Indian journal of veterinary science and animal husbandry - Volume 2,
Year: 1932
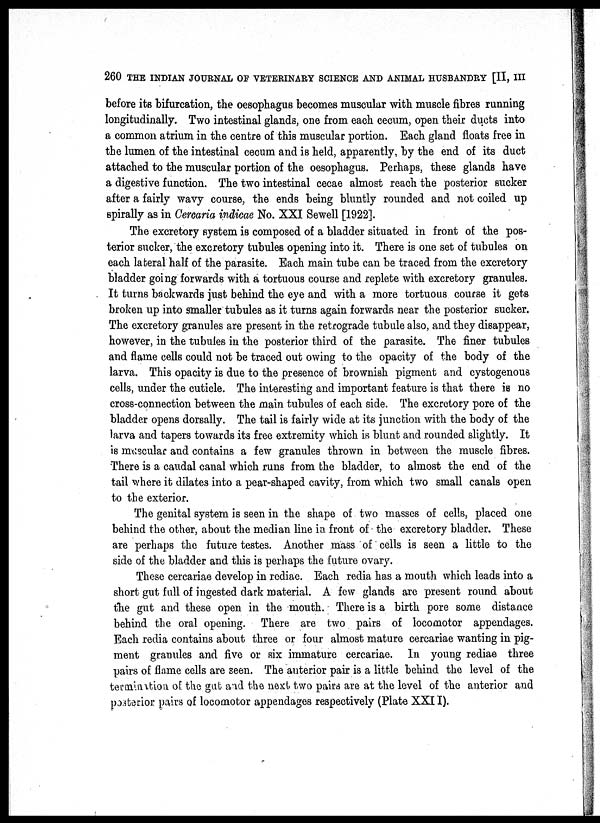
260 THE INDIAN JOURNAL OF VETERINARY SCIENCE AND ANIMAL HUSBANDRY [II, III
before its bifurcation, the oesophagus becomes muscular with muscle fibres running
longitudinally. Two intestinal glands, one from each cecum, open their ducts into
a common atrium in the centre of this muscular portion. Each gland floats free in
the lumen of the intestinal cecum and is held, apparently, by the end of its duct
attached to the muscular portion of the oesophagus. Perhaps, these glands have
a digestive function. The two intestinal cecae almost reach the posterior sucker
after a fairly wavy course, the ends being bluntly rounded and not coiled up
spirally as in Cercaria indicae No. XXI Sewell [1922].
The excretory system is composed of a bladder situated in front of the pos-
terior sucker, the excretory tubules opening into it. There is one set of tubules on
each lateral half of the parasite. Each main tube can be traced from the excretory
bladder going forwards with a tortuous course and replete with excretory granules.
It turns backwards just behind the eye and with a more tortuous course it gets
broken up into smaller tubules as it turns again forwards near the posterior sucker.
The excretory granules are present in the retrograde tubule also, and they disappear,
however, in the tubules in the posterior third of the parasite. The finer tubules
and flame cells could not be traced out owing to the opacity of the body of the
larva. This opacity is due to the presence of brownish pigment and cystogenous
cells, under the cuticle. The interesting and important feature is that there is no
cross-connection between the main tubules of each side. The excretory pore of the
bladder opens dorsally. The tail is fairly wide at its junction with the body of the
larva and tapers towards its free extremity which is blunt and rounded slightly. It
is muscular and contains a few granules thrown in between the muscle fibres.
There is a caudal canal which runs from the bladder, to almost the end of the
tail where it dilates into a pear-shaped cavity, from which two small canals open
to the exterior.
The genital system is seen in the shape of two masses of cells, placed one
behind the other, about the median line in front of the excretory bladder. These
are perhaps the future testes. Another mass of cells is seen a little to the
side of the bladder and this is perhaps the future ovary.
These cercariae develop in rediae. Each redia has a mouth which leads into a
short gut full of ingested dark material. A few glands are present round about
the gut and these open in the mouth. There is a birth pore some distance
behind the oral opening. There are two pairs of locomotor appendages.
Each redia contains about three or four almost mature cercariae wanting in pig-
ment granules and five or six immature cercariae. In young rediae three
pairs of flame cells are seen. The anterior pair is a little behind the level of the
termination of the gut and the next two pairs are at the level of the anterior and
posterior pairs of locomotor appendages respectively (Plate XXII).